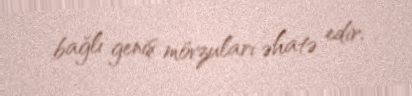
bağlı geniş mövzuları əhatə edir.